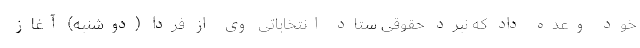
خود وعده داد که نبرد حقوقی ستاد انتخاباتی وی از فردا (دوشنبه) آغاز